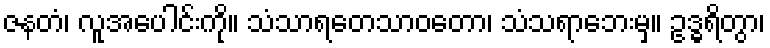
ဇနတံ၊ လူအပေါင်းကို။ သံသာရတေသာဝတော၊ သံသရာဘေးမှ။ ဥဒ္ဓရိတွာ၊